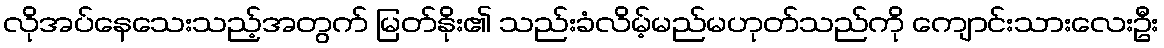
လိုအပ်နေသေးသည့်အတွက် မြတ်နိုး၏ သည်းခံလိမ့်မည်မဟုတ်သည်ကို ကျောင်းသားလေးဦး